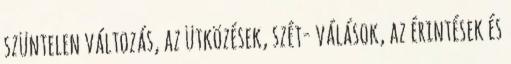
szüntelen változás, az ütközések, szét- válások, az érintések és